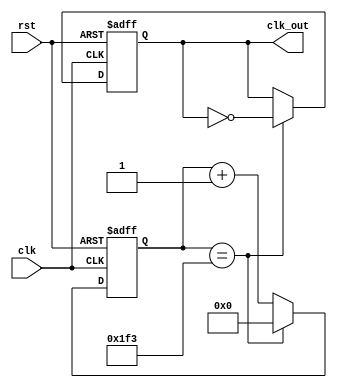
`timescale 1ns / 1ps
//////////////////////////////////////////////////////////////////////////////////
// Company: 
// Engineer: 
// 
// Design Name: 
// Module Name: frq_div1000
// Project Name: 
// Target Devices: 
// Tool Versions: 
// Description: 
// 
// Dependencies: 
// 
// Revision:
// Revision 0.01 - File Created
// Additional Comments:
// 
//////////////////////////////////////////////////////////////////////////////////


module frq_div1000(clk, rst, clk_out);

   input clk; 
   input rst; 
   output clk_out; 
   reg [8:0] cnt; 
   reg clk_out; 
    
   always @(posedge clk or negedge rst) begin 
       if (rst == 0) begin 
           cnt <= 0; 
           clk_out <= 0; 
        end else begin 
           if (cnt == 499) begin 
               cnt <= 0; 
               clk_out <= ~clk_out; 
           end else 
               cnt <= cnt + 1; 
       end 
   end 
endmodule